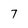
Character: 7